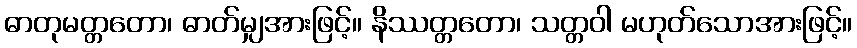
ဓာတုမတ္တတော၊ ဓာတ်မျှအားဖြင့်။ နိဿတ္တတော၊ သတ္တဝါ မဟုတ်သောအားဖြင့်။